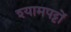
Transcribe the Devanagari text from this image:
श्यामपट्टों